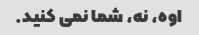
اوه، نه، شما نمی کنید.